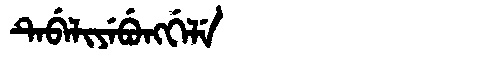
Manchu: ᡨᡝᠪᡝᠯᡳᠶᡝᠪᡠᠩᡤᡝᠯᡝ
Romanization: TEBELIYEBUNGGELE